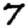
Digit: 7